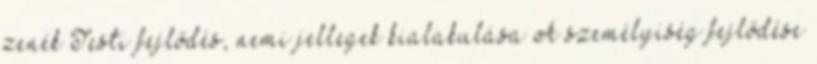
zenék Testi fejlődés, nemi jellegek kialakulása A személyiség fejlődése